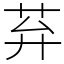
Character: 䒪